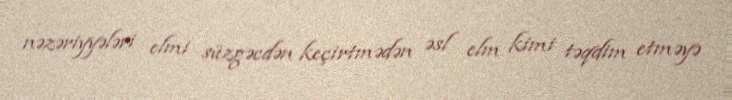
nəzəriyyələri elmi süzgəcdən keçirtmədən əsl elm kimi təqdim etməyə